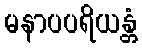
မနာပပရိယန္တံ